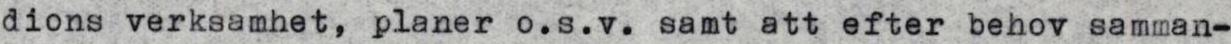
dions verksamhet, planer o.s.v. samt att efter behov samman-